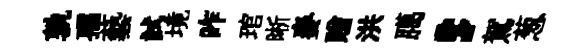
孰孺藝試境昨琯晰麥贈洪臈，駕葱